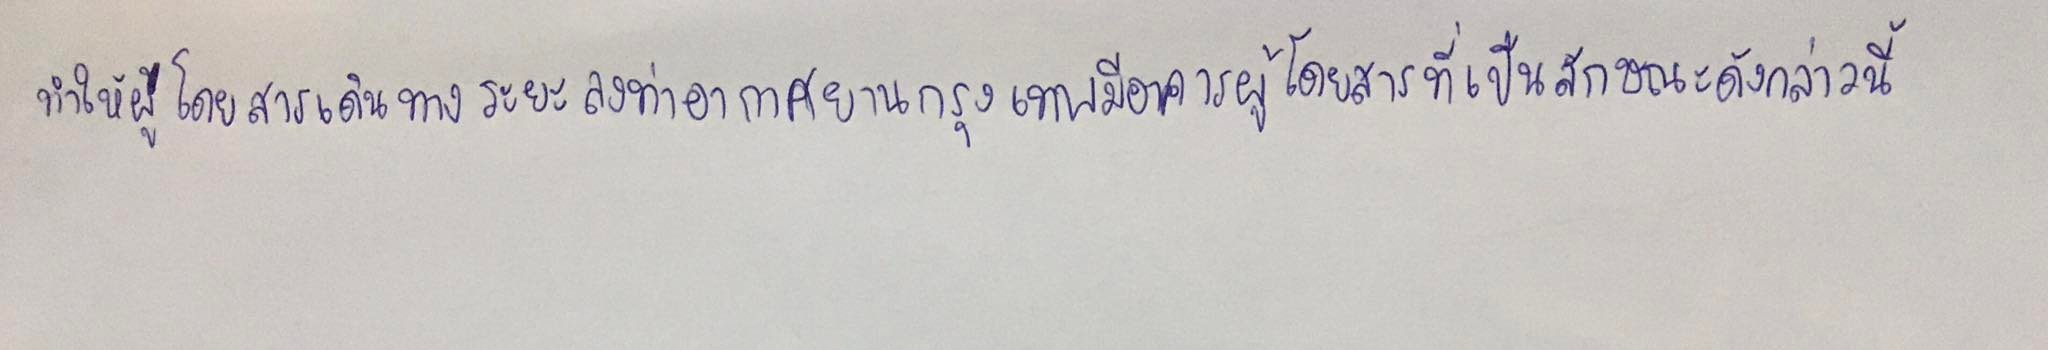
ทำให้ผู้โดยสารเดินระยะสั้นลงท่าอากาศยานกรุงเทพมีอาคารผู้โดยสารที่เป็นลักษณะดังกล่าวนี้